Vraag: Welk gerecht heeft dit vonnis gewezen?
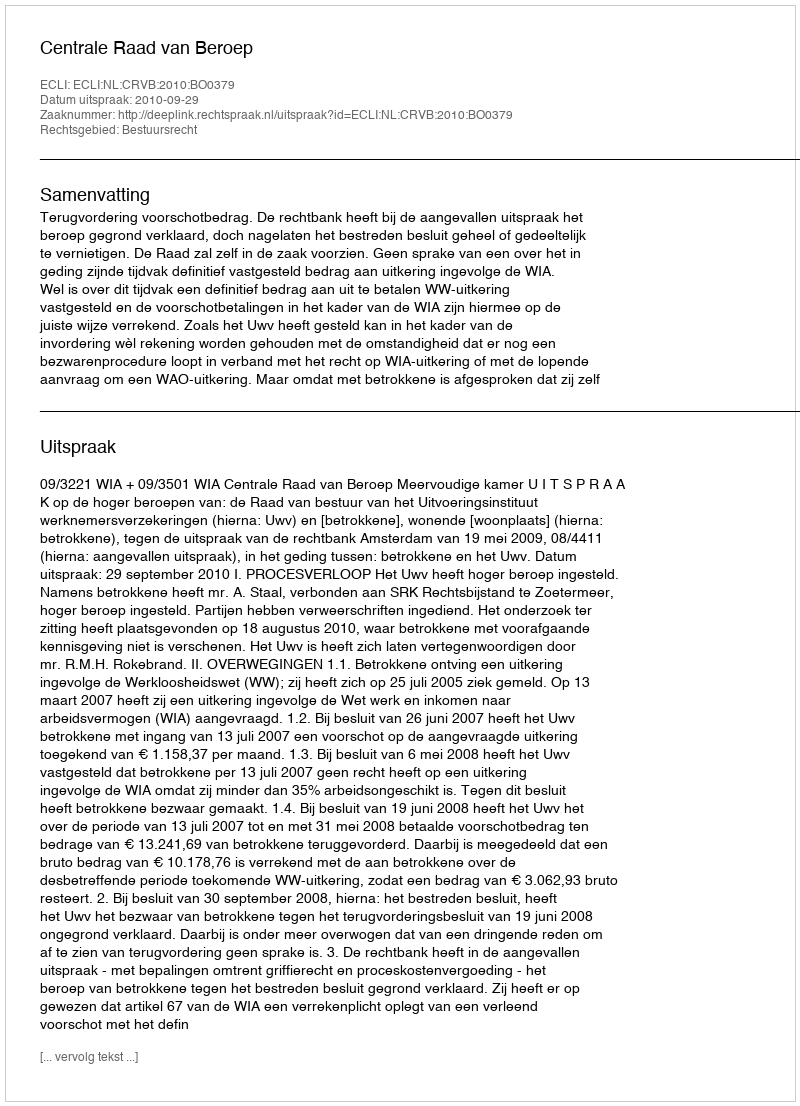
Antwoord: Centrale Raad van Beroep